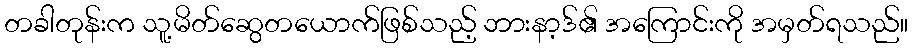
တခါတုန်းက သူ့မိတ်ဆွေတယောက်ဖြစ်သည့် ဘားနာ့ဒ်၏ အကြောင်းကို အမှတ်ရသည်။